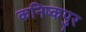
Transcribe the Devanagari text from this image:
कनिष्कपुर